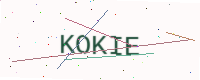
Text: KOKIE